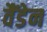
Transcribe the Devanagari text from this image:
वैंडेन